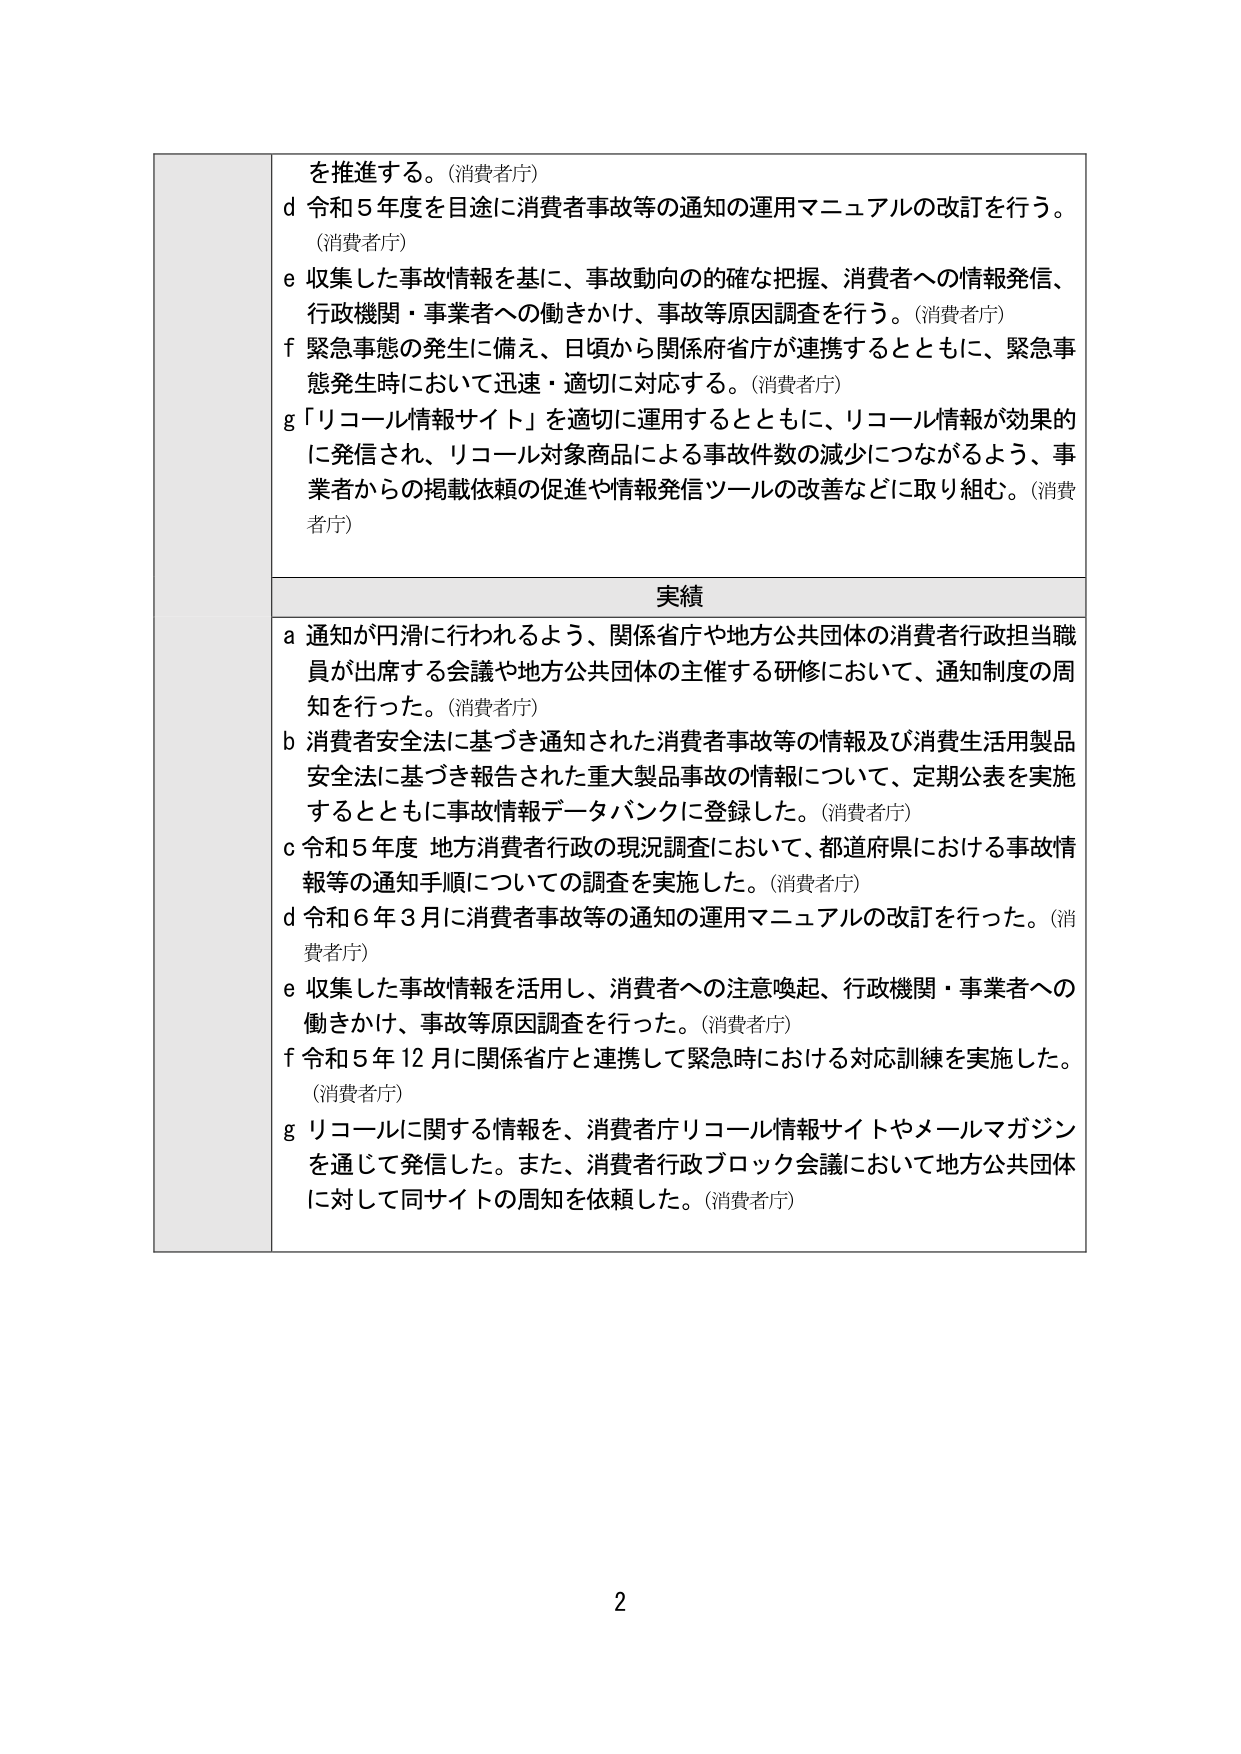
を推進する。(消費者庁)
d 令和５年度を目途に消費者事故等の通知の運用マニュアルの改訂を行う。
(消費者庁)
e 収集した事故情報を基に、事故動向の的確な把握、消費者への情報発信、
行政機関・事業者への働きかけ、事故等原因調査を行う。(消費者庁)
f 緊急事態の発生に備え、日頃から関係府省庁が連携するとともに、緊急事
態発生時において迅速・適切に対応する。(消費者庁)
g 「リコール情報サイト」を適切に運用するとともに、リコール情報が効果的
に発信され、リコール対象商品による事故件数の減少につながるよう、事
業者からの掲載依頼の促進や情報発信ツールの改善などに取り組む。(消費
者庁)

実績
a 通知が円滑に行われるよう、関係省庁や地方公共団体の消費者行政担当職
員が出席する会議や地方公共団体の主催する研修において、通知制度の周
知を行った。(消費者庁)
b 消費者安全法に基づき通知された消費者事故等の情報及び消費生活用製品
安全法に基づき報告された重大製品事故の情報について、定期公表を実施
するとともに事故情報データバンクに登録した。(消費者庁)
c 令和５年度 地方消費者行政の現況調査において、都道府県における事故情
報等の通知手順についての調査を実施した。(消費者庁)
d 令和６年３月に消費者事故等の通知の運用マニュアルの改訂を行った。(消
費者庁)
e 収集した事故情報を活用し、消費者への注意喚起、行政機関・事業者への
働きかけ、事故等原因調査を行った。(消費者庁)
f 令和５年12月に関係省庁と連携して緊急時における対応訓練を実施した。
(消費者庁)
g リコールに関する情報を、消費者庁リコール情報サイトやメールマガジン
を通じて発信した。また、消費者行政ブロック会議において地方公共団体
に対して同サイトの周知を依頼した。(消費者庁)

2